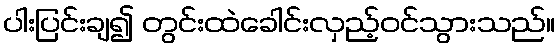
ပါးပြင်းချ၍ တွင်းထဲခေါင်းလှည့်ဝင်သွားသည်။